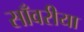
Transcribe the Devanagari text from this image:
साँवरीया